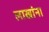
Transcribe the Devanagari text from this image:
लाखांना